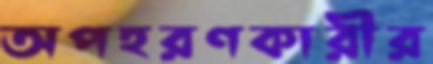
অপহরণকারীর